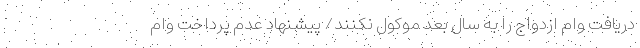
دریافت وام ازدواج را به سال بعد موکول نکنند/ پیشنهاد عدم پرداخت وام